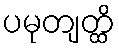
ပမုတျတ္ထိ